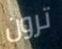
ترون